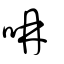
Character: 呥